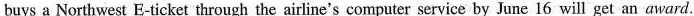
buys a Northwest E-ticket through the airline's computer service by June 16 will get an award.